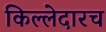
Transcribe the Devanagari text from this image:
किल्लेदारच